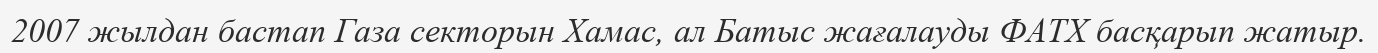
2007 жылдан бастап Газа секторын Хамас, ал Батыс жағалауды ФАТХ басқарып жатыр.